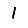
Digit: 1